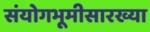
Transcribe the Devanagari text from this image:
संयोगभूमीसारख्या